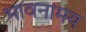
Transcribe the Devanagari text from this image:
भावनामय